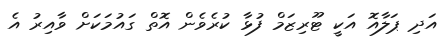
އަދި ޕަލާއޮ އަކީ ޓޫރިޒަމް ފުޅާ ކުރެވެން އޮތް ގައުމަކަށް ވާއިރު އެ